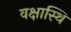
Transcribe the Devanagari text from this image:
वक्षास्थि